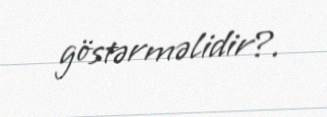
göstərməlidir?.